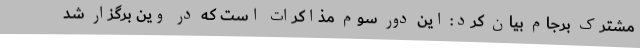
مشترک برجام بیان کرد: این دور سوم مذاکرات است که در وین برگزار شد